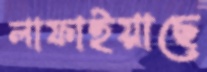
লাফাইয়াছে